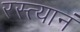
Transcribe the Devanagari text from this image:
रस्त्यानं